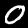
Label: 0